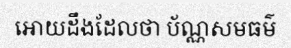
អោយដឹងដែលថា ប័ណ្ណសមធម៌